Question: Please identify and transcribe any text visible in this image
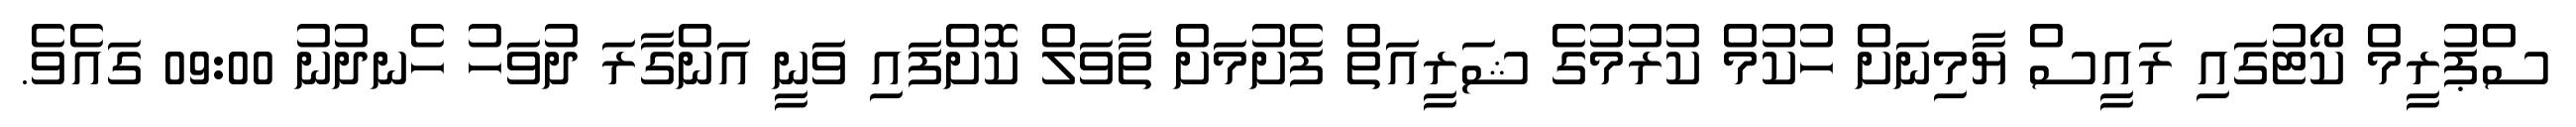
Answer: ސްޕުރީމް ކޯޓުގައި ރައީސް ޔާމިނަށް ހުކުމް ކުރުމުގެ ޝަރީއަތް ފެށުމަށް ތާވަލް ކޮށްފައި ވަނީ އަންގާރަ ދުވަހު ހެނދުނު 09:00 ގައެވެ.